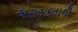
અરાજકતાની